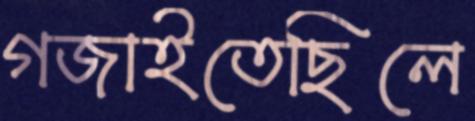
গজাইতেছিলে